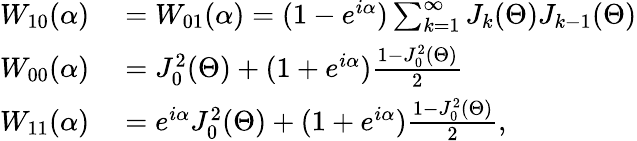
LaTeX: \begin{array}{rl}{W_{10}(\alpha)}&{{}=W_{01}(\alpha)=(1-e^{i\alpha})\sum_{k=1}^{\infty}J_{k}(\Theta)J_{k-1}(\Theta)}\\ {W_{00}(\alpha)}&{{}=J_{0}^{2}(\Theta)+(1+e^{i\alpha})\frac{1-J_{0}^{2}(\Theta)}{2}}\\ {W_{11}(\alpha)}&{{}=e^{i\alpha}J_{0}^{2}(\Theta)+(1+e^{i\alpha})\frac{1-J_{0}^{2}(\Theta)}{2},}\end{array}